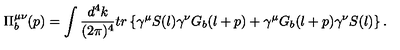
\Pi _ { b } ^ { \mu \nu } ( p ) = \int \frac { d ^ { 4 } k } { ( 2 \pi ) ^ { 4 } } t r \left\{ \gamma ^ { \mu } S ( l ) \gamma ^ { \nu } G _ { b } ( l + p ) + \gamma ^ { \mu } G _ { b } ( l + p ) \gamma ^ { \nu } S ( l ) \right\} .